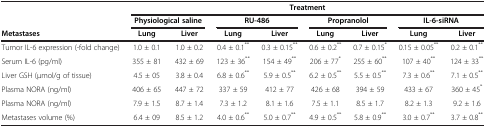
<table><thead><tr><td rowspan="2"><b> </b></td><td colspan="8"><b>Treatment</b></td></tr><tr><td colspan="2"><b>Physiological saline</b></td><td colspan="2"><b>RU-486</b></td><td colspan="2"><b>Propranolol</b></td><td colspan="2"><b>IL-6-siRNA</b></td></tr><tr><td><b>Metastases</b></td><td><b>Lung</b></td><td><b>Liver</b></td><td><b>Lung</b></td><td><b>Liver</b></td><td><b>Lung</b></td><td><b>Liver</b></td><td><b>Lung</b></td><td><b>Liver</b></td></tr></thead><tbody><tr><td>Tumor IL-6 expression (-fold change)</td><td>1.0 ± 0.1</td><td>1.0 ± 0.2</td><td>0.4 ± 0.1<sup>**</sup></td><td>0.3 ± 0.15<sup>**</sup></td><td>0.6 ± 0.2<sup>**</sup></td><td>0.7 ± 0.15<sup>*</sup></td><td>0.15 ± 0.05<sup>**</sup></td><td>0.2 ± 0.1<sup>**</sup></td></tr><tr><td>Serum IL-6 (pg/ml)</td><td>355 ± 81</td><td>432 ± 69</td><td>123 ± 36<sup>**</sup></td><td>154 ± 49<sup>**</sup></td><td>206 ± 77<sup>*</sup></td><td>255 ± 60<sup>**</sup></td><td>107 ± 40<sup>**</sup></td><td>124 ± 33<sup>**</sup></td></tr><tr><td>Liver GSH (μmol/g of tissue)</td><td>4.5 ± 05</td><td>3.8 ± 0.4</td><td>6.8 ± 0.6<sup>**</sup></td><td>5.9 ± 0.5<sup>**</sup></td><td>6.2 ± 0.5<sup>**</sup></td><td>5.5 ± 0.5<sup>**</sup></td><td>7.3 ± 0.6<sup>**</sup></td><td>7.1 ± 0.5<sup>**</sup></td></tr><tr><td>Plasma NORA (ng/ml)</td><td>406 ± 65</td><td>447 ± 72</td><td>337 ± 59</td><td>412 ± 77</td><td>426 ± 68</td><td>394 ± 59</td><td>433 ± 67</td><td>360 ± 45<sup>*</sup></td></tr><tr><td>Plasma NORA (ng/ml)</td><td>7.9 ± 1.5</td><td>8.7 ± 1.4</td><td>7.3 ± 1.2</td><td>8.1 ± 1.6</td><td>7.5 ± 1.1</td><td>8.5 ± 1.7</td><td>8.2 ± 1.3</td><td>9.2 ± 1.6</td></tr><tr><td>Metastases volume (%)</td><td>6.4 ± 09</td><td>8.5 ± 1.2</td><td>4.0 ± 0.6<sup>**</sup></td><td>5.0 ± 0.7<sup>**</sup></td><td>4.9 ± 0.5<sup>**</sup></td><td>5.8 ± 0.9<sup>**</sup></td><td>3.0 ± 0.7<sup>**</sup></td><td>3.7 ± 0.8<sup>**</sup></td></tr></tbody></table>